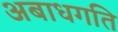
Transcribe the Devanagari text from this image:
अबाधगति